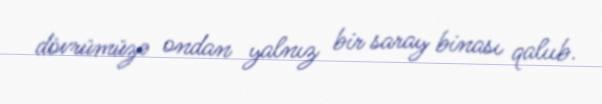
dövrümüzə ondan yalnız bir saray binası qalııb.